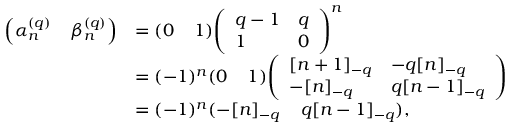
\begin{array} { r l } { \left( \alpha _ { n } ^ { ( q ) } \; \; \; \; \beta _ { n } ^ { ( q ) } \right) } & { = ( 0 \; \; \; \; 1 ) { \left( \begin{array} { l l } { q - 1 } & { q } \\ { 1 } & { 0 } \end{array} \right) } ^ { n } } \\ & { = ( - 1 ) ^ { n } ( 0 \; \; \; \; 1 ) { \left( \begin{array} { l l } { [ n + 1 ] _ { - q } } & { - q [ n ] _ { - q } } \\ { - [ n ] _ { - q } } & { q [ n - 1 ] _ { - q } } \end{array} \right) } } \\ & { = ( - 1 ) ^ { n } ( - [ n ] _ { - q } \; \; \; \; q [ n - 1 ] _ { - q } ) , } \end{array}